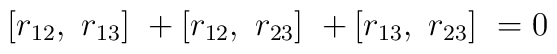
[r_{ 12},~r_{ 13}]~+ [r_{ 12},~r_{ 23}]~+ [r_{ 13},~r_{ 23}]~= 0